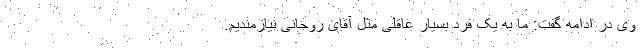
وی در ادامه گفت: ما به یک فرد بسیار عاقلی مثل آقای روحانی نیازمندیم.